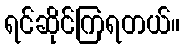
ရင်ဆိုင်ကြရတယ်။